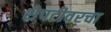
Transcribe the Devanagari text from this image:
शेपटीवरचा